Eesti_Rahvusfond, lk 106
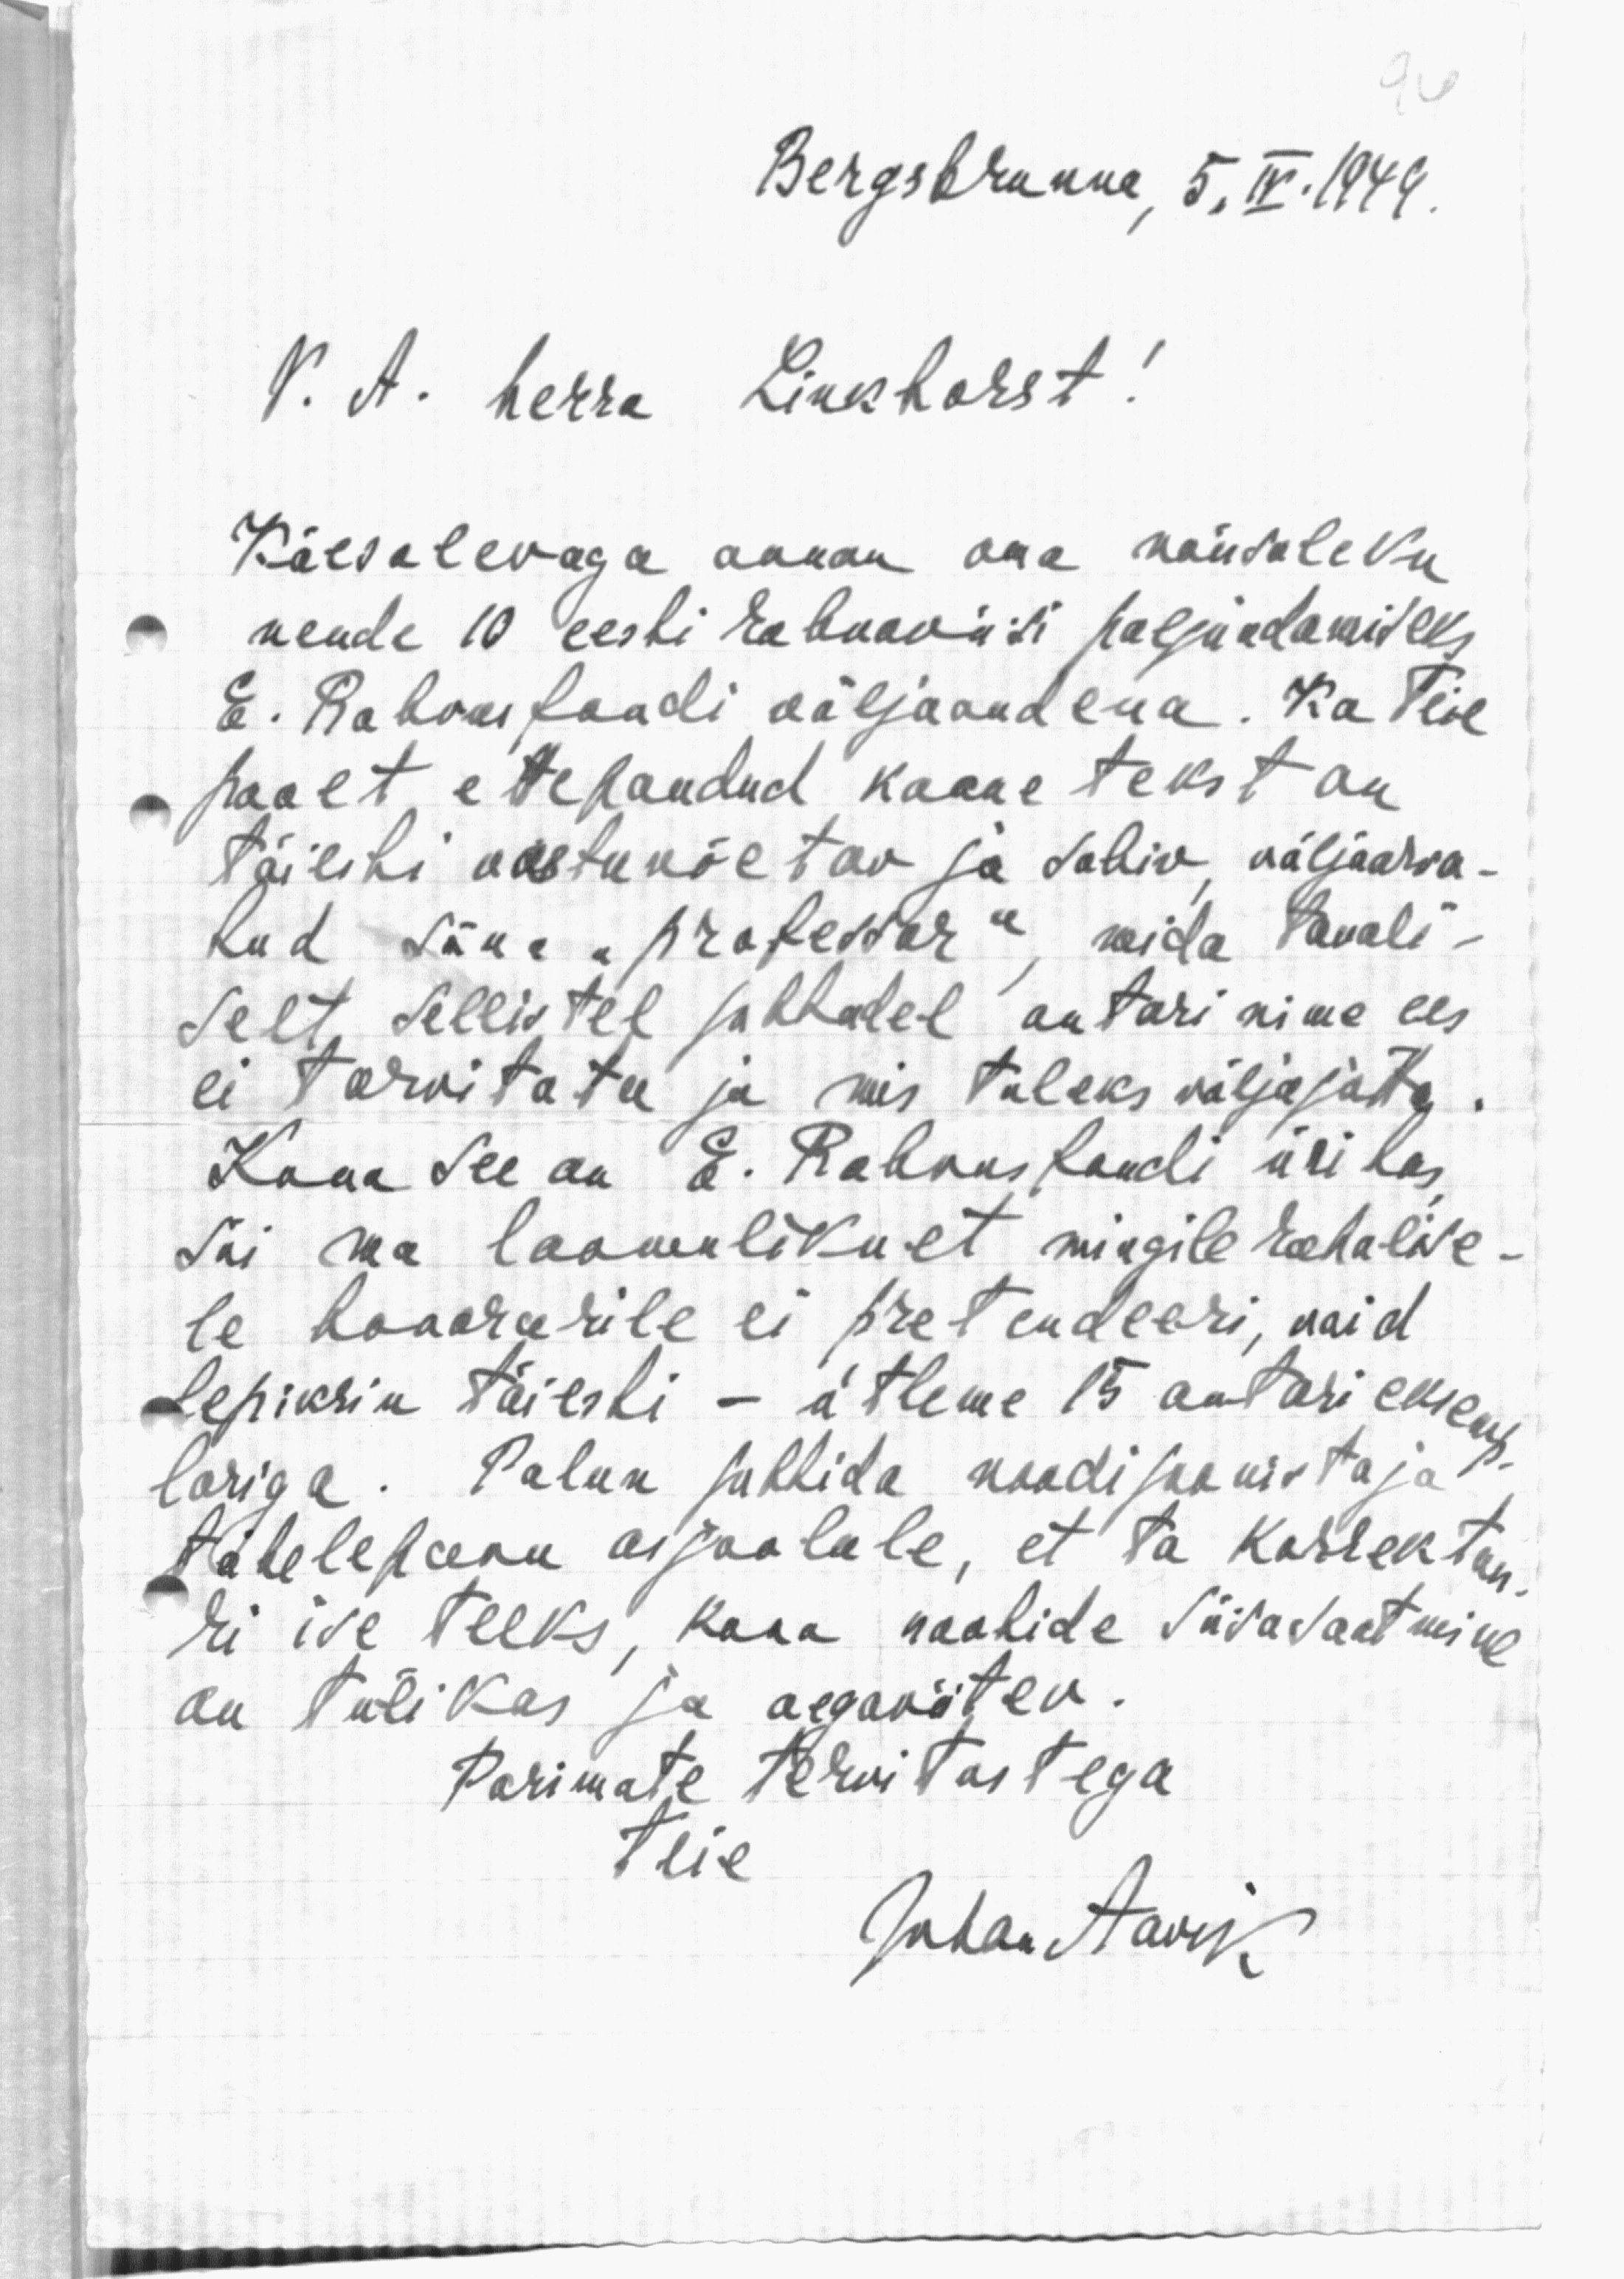
Bergsbrunna, 5,IV.1949.

V. A. herra Linkhorst!
Käesolevaga annan osa nõusoleku
nende 10 eesti rahvaviisi paljundamiseks
E. Rahvusfondi väljaandena. Ka Teie
päält ettepandud kaane tekst on
täiesti vastuvõetav ja sobiv, väljaarva-
kud sõna "professor", mida tavali-
selt sellistel puhkudel autori nime ees
ei tarvitata ja mis tuleks välja jätta.
Kuna see on E. Rahvus fondi üritus
siis ma loomulikult mingile rahalise-
le honorarile ei pretendeeri, vaid
lepiksin täiesti - ütleme 15 autori eksemp-
lariga. Palun juhtida noodijoonistaja
tähelepanu asjaolule, et ta korrektuu-
ri ise teeks, kuna nootide siiasaatmine
on tülikas ja aegavõtev.
Parimate tervitustega
teie
Johan Avik